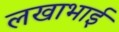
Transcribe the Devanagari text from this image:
लखाभाई